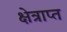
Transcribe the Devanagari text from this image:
क्षेत्राप्त